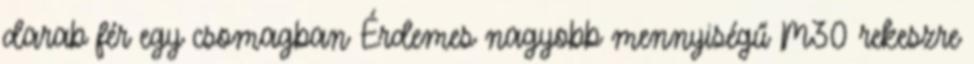
darab fér egy csomagban Érdemes nagyobb mennyiségű M30 rekeszre